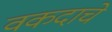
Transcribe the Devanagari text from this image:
वकदाचे